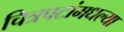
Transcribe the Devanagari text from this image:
चित्रपटांमधल्या